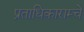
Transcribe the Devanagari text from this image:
प्रताधिकाराम्चे